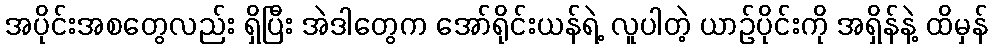
အပိုင်းအစတွေလည်း ရှိပြီး အဲဒါတွေက အော်ရိုင်းယန်ရဲ့ လူပါတဲ့ ယာဉ်ပိုင်းကို အရှိန်နဲ့ ထိမှန်